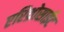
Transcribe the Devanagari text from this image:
एरिथ्रोसाईट